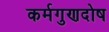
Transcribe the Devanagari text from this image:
कर्मगुणदोष